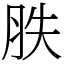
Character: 胅